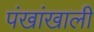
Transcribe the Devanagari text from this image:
पंखांखाली